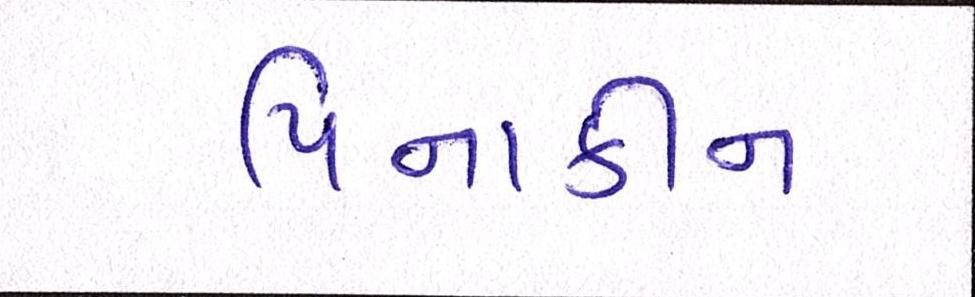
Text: પિનાકીન